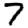
Digit: 7